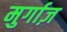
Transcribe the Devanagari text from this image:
मुर्गाज़